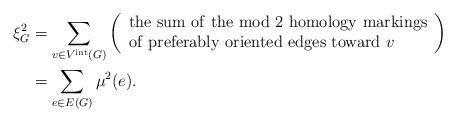
LaTeX: \begin{align*}\xi^2_G &=\sum_{v\in V^{\rm int}(G)}\left( \begin{array}{l} {\rm the\ sum\ of\ the\ mod\ } 2 {\rm \ homology\ markings} \\{\rm of\ preferably\ oriented\ edges\ toward\ } v \end{array} \right) \\&= \sum_{e\in E(G)} \mu^2(e).\end{align*}